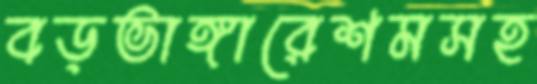
বড়ভাঙ্গারেশমসহ